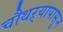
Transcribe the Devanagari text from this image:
चौथऱ्यापासून